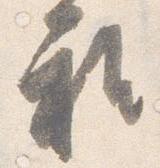
雅